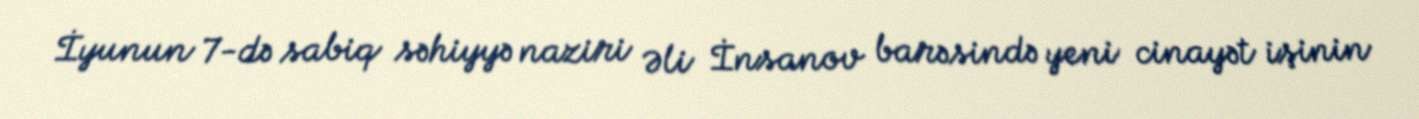
İyunun 7-də sabiq səhiyyə naziri Əli İnsanov barəsində yeni cinayət işinin